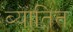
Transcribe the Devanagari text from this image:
ब्यातित